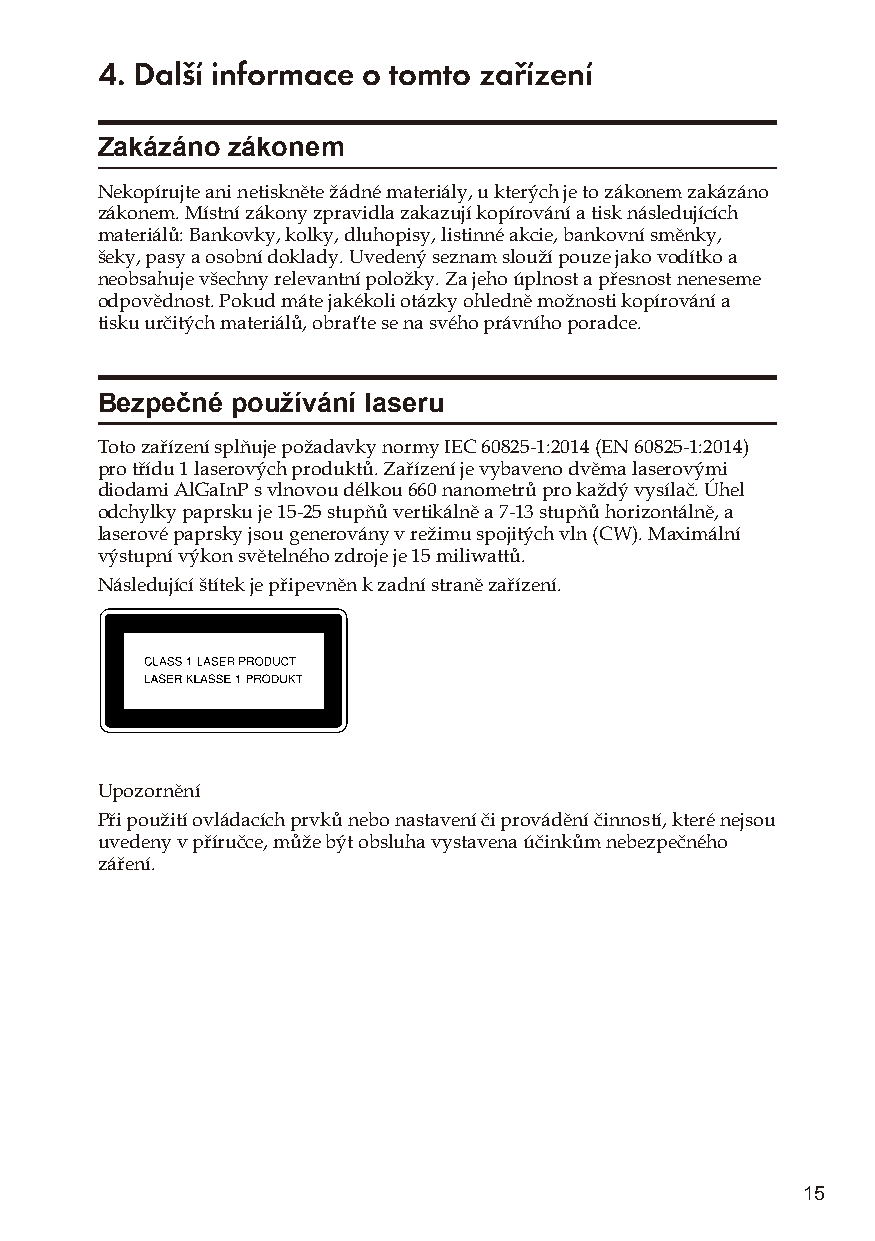
4. Další informace o tomto zařízení
 Zakázáno zákonem
 Nekopírujte ani netiskněte žádné materiály, u kterých je to zákonem zakázáno
 zákonem. Místní zákony zpravidla zakazují kopírování a tisk následujících
 materiálů: Bankovky, kolky, dluhopisy, listinné akcie, bankovní směnky,
 šeky, pasy a osobní doklady. Uvedený seznam slouží pouze jako vodítko a
 neobsahuje všechny relevantní položky. Za jeho úplnost a přesnost neneseme
 odpovědnost. Pokud máte jakékoli otázky ohledně možnosti kopírování a
 tisku určitých materiálů, obraťte se na svého právního poradce.
 Bezpečné používání laseru
 Toto zařízení splňuje požadavky normy IEC 60825-1:2014 (EN 60825-1:2014)
 pro třídu 1 laserových produktů. Zařízení je vybaveno dvěma laserovými
 diodami AlGaInP s vlnovou délkou 660 nanometrů pro každý vysílač. Úhel
 odchylky paprsku je 15-25 stupňů vertikálně a 7-13 stupňů horizontálně, a
 laserové paprsky jsou generovány v režimu spojitých vln (CW). Maximální
 výstupní výkon světelného zdroje je 15 miliwattů.
 Následující štítek je připevněn k zadní straně zařízení.
 Upozornění
 Při použití ovládacích prvků nebo nastavení či provádění činností, které nejsou
 uvedeny v příručce, může být obsluha vystavena účinkům nebezpečného
 záření.
 15